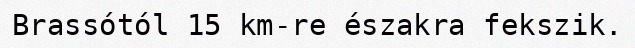
Brassótól 15 km-re északra fekszik.